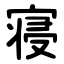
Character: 寝